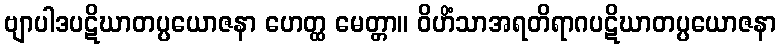
ဗျာပါဒပဋိဃာတပ္ပယောဇနာ ဟေတ္ထ မေတ္တာ။ ဝိဟိံသာအရတိရာဂပဋိဃာတပ္ပယောဇနာ